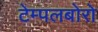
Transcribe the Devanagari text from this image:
टेम्पलबोरो